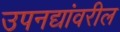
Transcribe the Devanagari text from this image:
उपनद्यांवरील